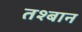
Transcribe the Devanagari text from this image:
तश्बान